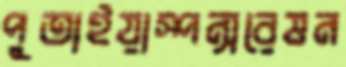
পুতাইয়াস্পন্সরেষন